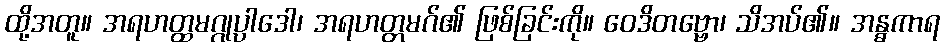
ထို့အတူ။ အရဟတ္ထမဂ္ဂုပ္ပါဒေါ၊ အရဟတ္တမဂ်၏ ဖြစ်ခြင်းကို။ ဝေဒိတဗ္ဗော၊ သိအပ်၏။ အန္ဓကာရ